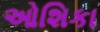
ઓશિકા